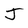
Character: J